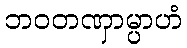
ဘဝတဏှာမ္ပာဟံ